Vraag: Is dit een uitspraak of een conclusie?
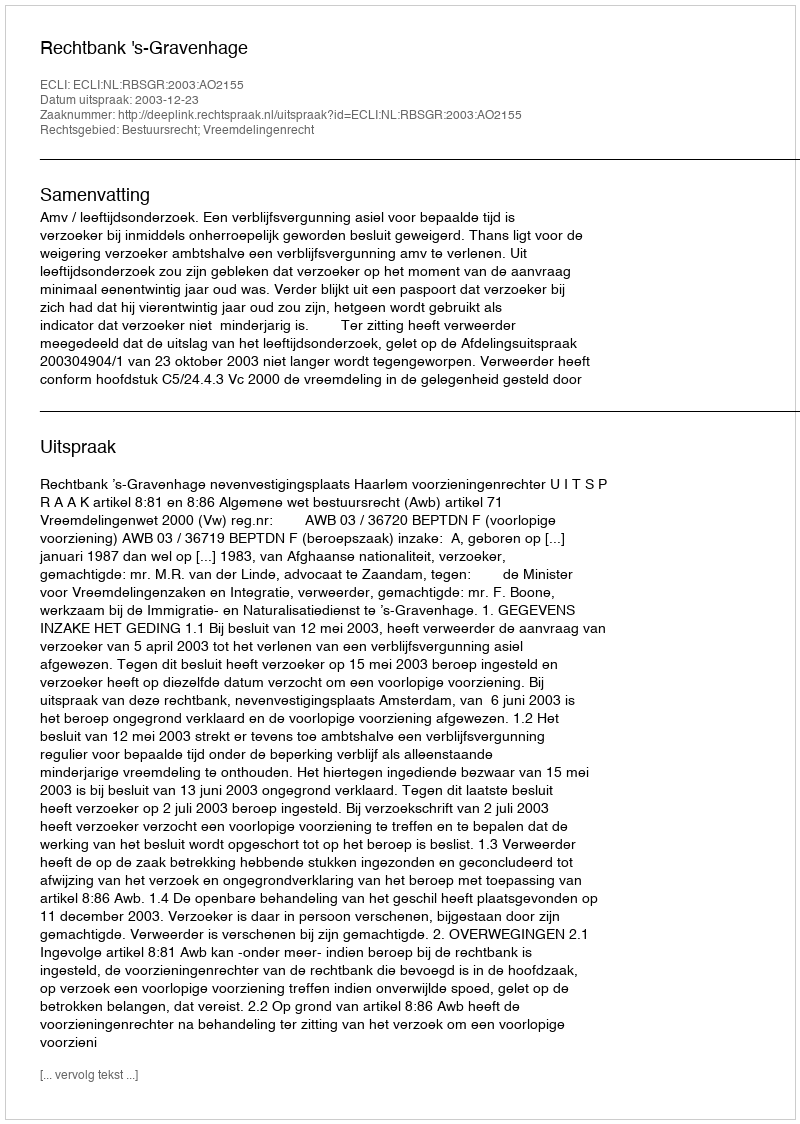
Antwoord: Uitspraak